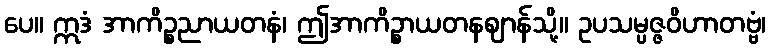
ပေ။ ဣဒံ အာကိဉ္စညာယတနံ၊ ဤအာကိဉ္စာယတနဈာန်သို့။ ဥပသမ္ပဇ္ဇဝိဟာတဗ္ဗံ၊